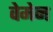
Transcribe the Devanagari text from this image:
वेमेन